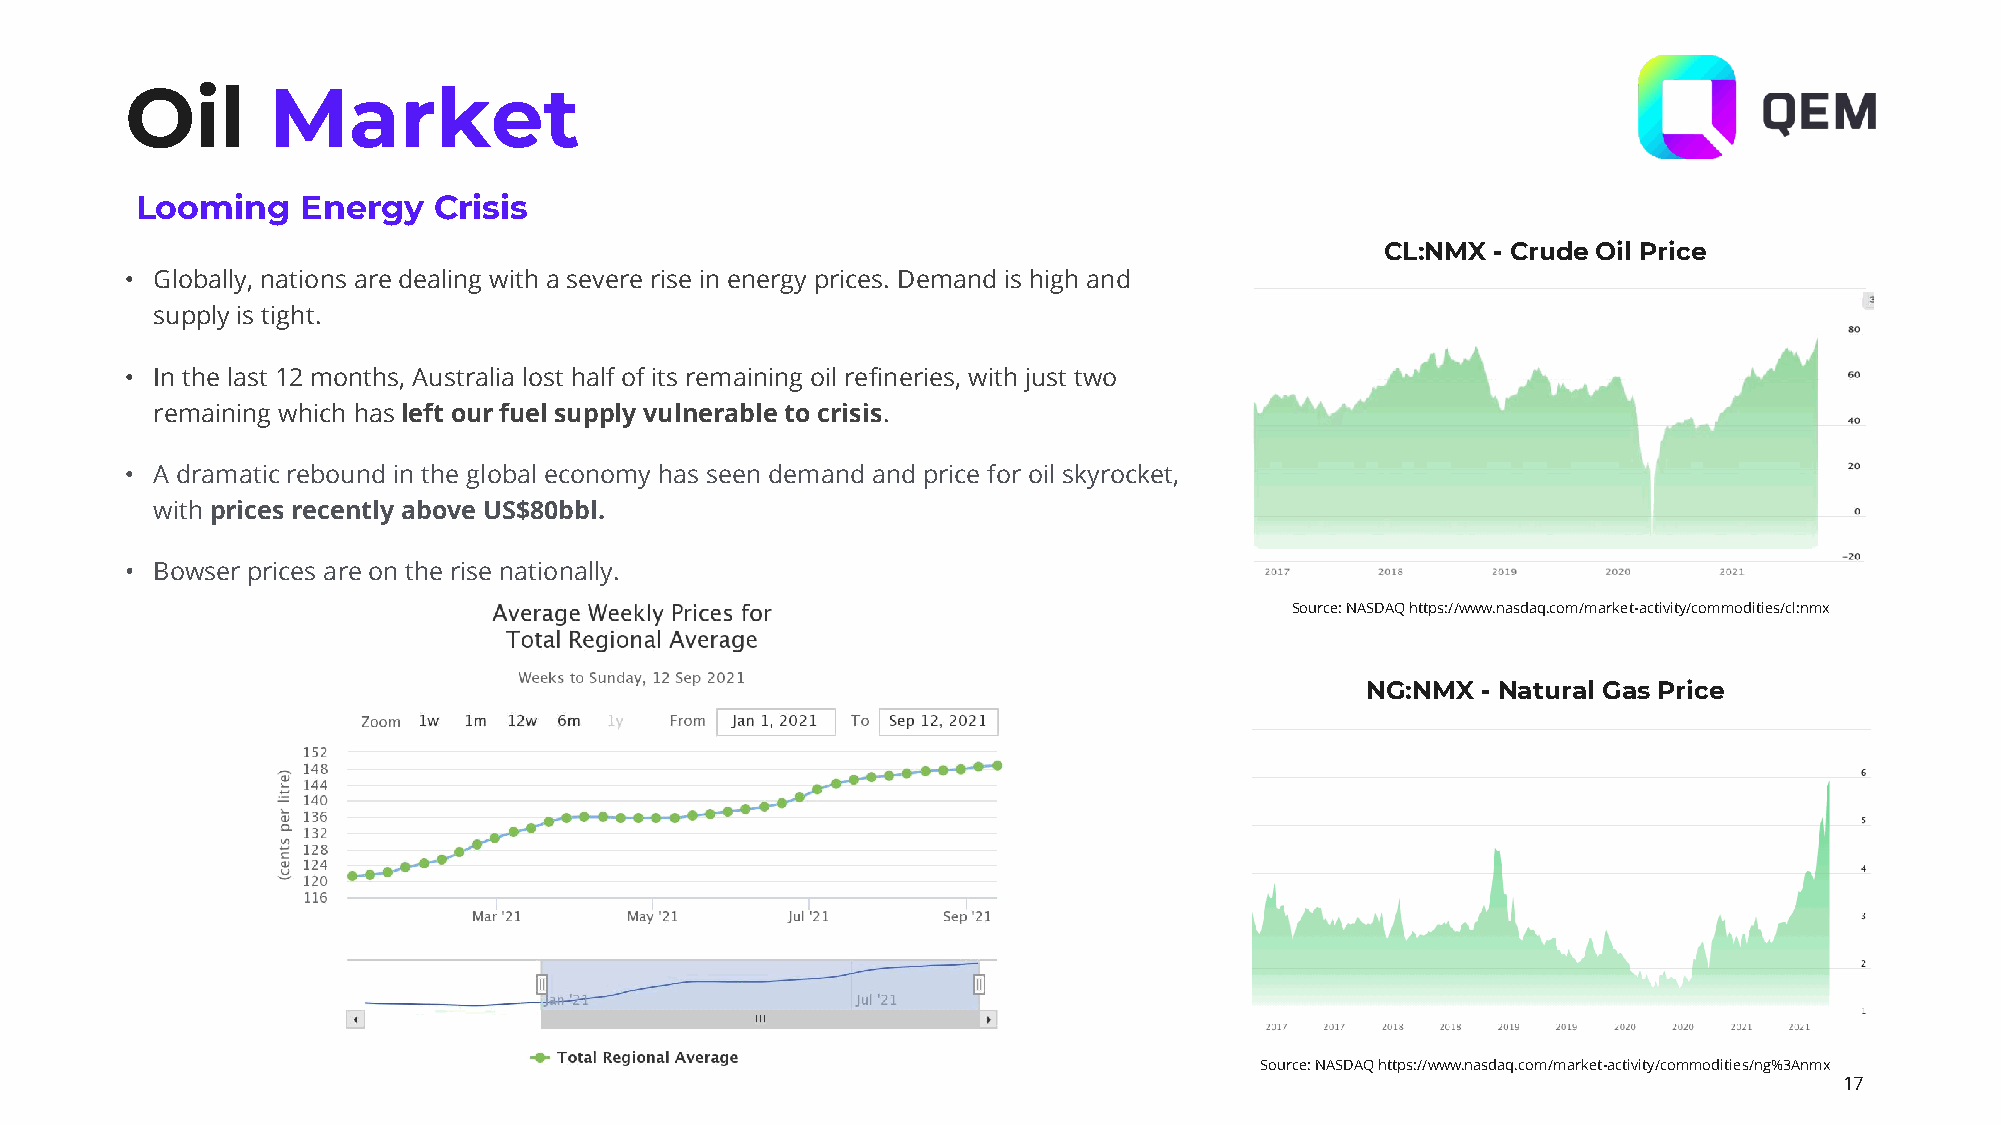
Oil       Market
 Looming    Energy   Crisis
 CL:NMX - Crude Oil Price
 • Globally, nations are dealing with a severe rise in energy prices. Demand is high and
 supply is tight.
 • In the last 12 months, Australia lost half of its remaining oil refineries, with just two
 remaining which has left our fuel supply vulnerable to crisis.
 • A dramatic rebound in the global economy has seen demand and price for oil skyrocket,
 with prices recently above US$80bbl.
 • Bowser prices are on the rise nationally.
 Source: NASDAQ https://www.nasdaq.com/market-activity/commodities/cl:nmx
 Australian Energy Mix
 NG:NMX  - Natural Gas Price
 Vanadium
 Demand
 Source: NASDAQ https://www.nasdaq.com/market-activity/commodities/ng%3Anmx
 17